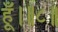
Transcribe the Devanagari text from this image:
हूँ।॥८॥